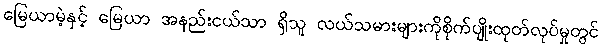
မြေယာမဲ့နှင့် မြေယာ အနည်းငယ်သာ ရှိသူ လယ်သမားများကိုစိုက်ပျိုးထုတ်လုပ်မှုတွင်